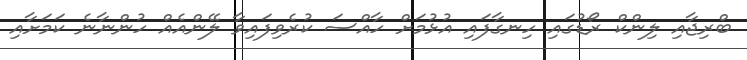
ބްރިޖާއި ލިންކް ރޯޑުގައި ހިނގާފައި އުޅުމަށް ހާއްސަ ކުރެވިފައިވާ ލޭންއެއް ހުންނާނެ ކަމަށާއި